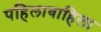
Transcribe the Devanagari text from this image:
पहिलावाहिला